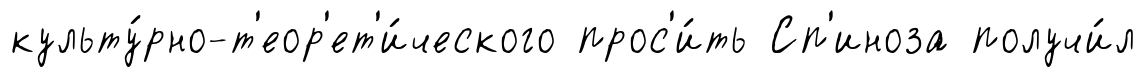
культу́рно-т'еор'ет'и́ческого прос'и́ть Сп'иноза получи́л